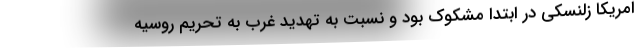
امریکا زلنسکی در ابتدا مشکوک بود و نسبت به تهدید غرب به تحریم روسیه